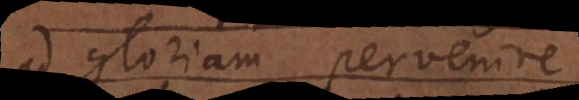
ad gloriam pervenire.